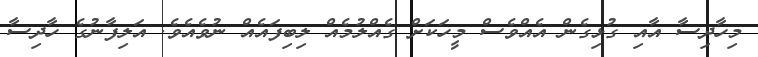
މިހާދިސާ އާއި ގުޅިގެން އެއްވެސް މީހަކަށް ގެއްލުމެއް ލިބިފައެއް ނުވެއެވެ. އަލިފާނުގެ ހާދިސާ